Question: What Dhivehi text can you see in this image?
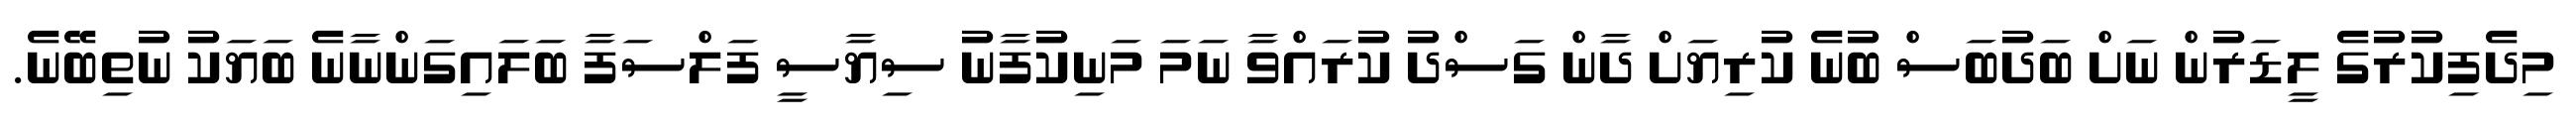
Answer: މިދެފިކުރުގެ ލީޑަރުން ނަށް ބަދުބަސް ބުނެ ކުރިޔަށް ދާން ގަސްދު ކުރައްވާ ނަމަ މަނިކުފާނު ސިޔާސީ ފަލްސަފާ ބަލައިގަންނާނެ ބަޔަކު ނުތިބޭނެ.